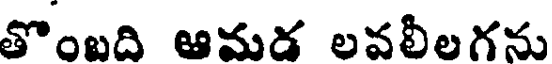
తొంబది ఆమడ లవలీలగను